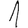
Digit: 1